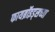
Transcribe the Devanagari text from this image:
फायब्रॉइड्सच्या